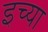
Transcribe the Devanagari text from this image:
इच्या